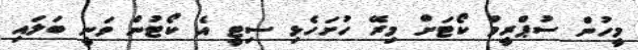
މީހުން ސުޕްރީމް ކޯޓަށް މިރޭ ހުށަހެޅި ސިޓީ އެ ކޯޓުން ވަނީ ބަލައި